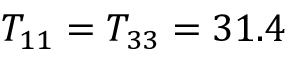
T _ { 1 1 } = T _ { 3 3 } = 3 1 . 4